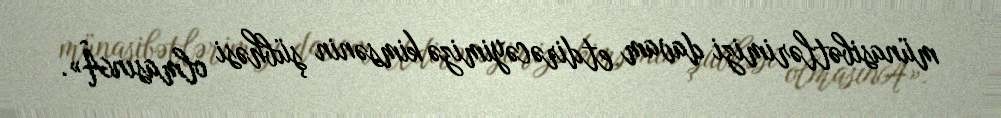
münasibətlərimizi davam etdirəcəyimizə kimsənin şübhəsi olmasınÂ».